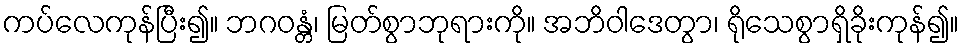
ကပ်လေကုန်ပြီး၍။ ဘဂဝန္တံ၊ မြတ်စွာဘုရားကို။ အဘိဝါဒေတွာ၊ ရိုသေစွာရှိခိုးကုန်၍။